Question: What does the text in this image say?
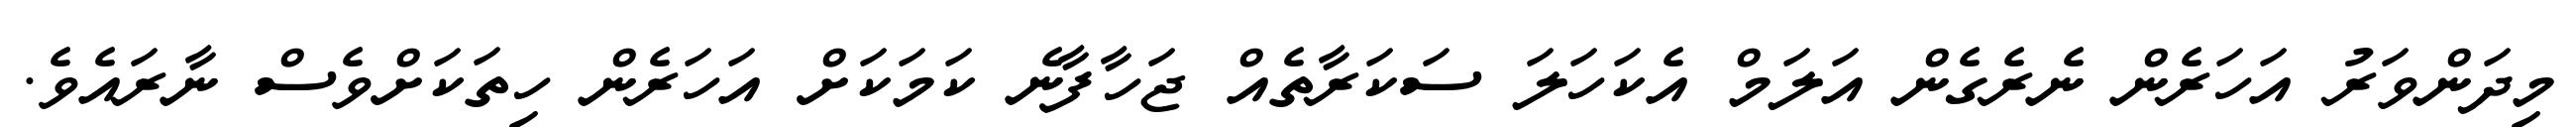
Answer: މިދަންވަރު އަހަރެން ނެރެގެން އަލަމް އެކަހަލަ ސަކަރާތެއް ޖަހާފާނެ ކަމަކަށް އަހަރެން ހިތަކަށްވެސް ނާރައެވެ.